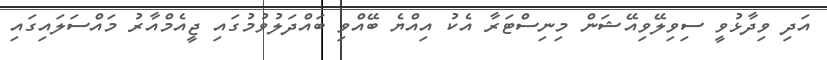
އަދި ވިދާޅުވީ ސިވިލޭވިއޭޝަން މިނިސްޓަރާ އެކު އިއްޔެ ބޭއްވި ބައްދަލުވުމުގައި ޖީއެމްއާރު މައްސަލައިގައި